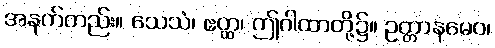
အနက်တည်း။ သေသံ၊ ဧတ္ထ၊ ဤဂါထာတို့၌။ ဥတ္တာနမေဝ၊